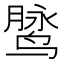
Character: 𱊓